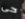
حى